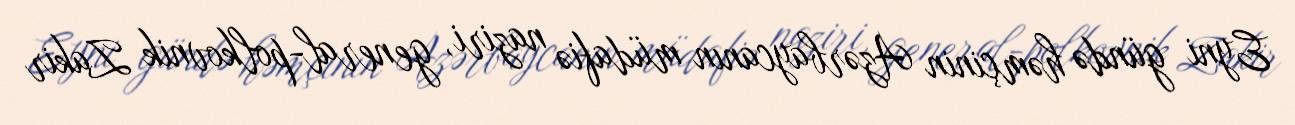
Eyni gündə həmçinin Azərbaycanın müdafiə naziri, general-polkovnik Zakir